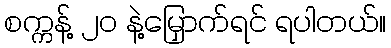
စက္ကန့် ၂၀ နဲ့မြှောက်ရင် ရပါတယ်။